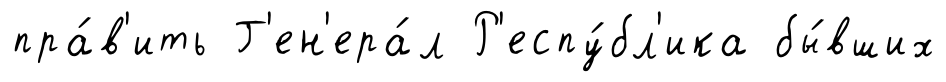
пра́в'ить Г'ен'ера́л Р'еспу́бл'ика бы́вших